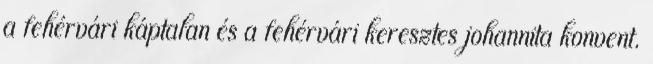
a fehérvári káptalan és a fehérvári keresztes johannita konvent.